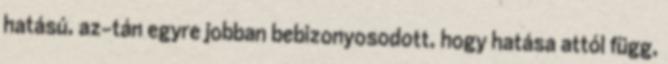
hatású, az-tán egyre jobban bebizonyosodott, hogy hatása attól függ,